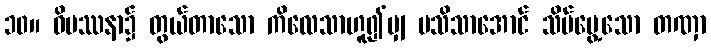
၁၀။ ဝိပဿနာ၌ တွယ်တာသော ကိလေသာဟူ၍မျှ မသိသာအောင် သိမ်မွေ့သော တဏှာ